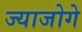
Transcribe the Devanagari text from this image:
ज्याजोगे